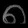
Digit: ၈